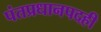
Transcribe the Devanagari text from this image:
पंतप्रधानपदही